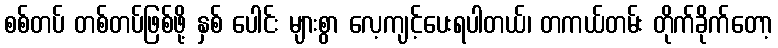
စစ်တပ် တစ်တပ်ဖြစ်ဖို့ နှစ် ပေါင်း များစွာ လေ့ကျင့်ပေးရပါတယ်၊ တကယ်တမ်း တိုက်ခိုက်တော့